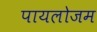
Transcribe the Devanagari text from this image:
पायलोजम